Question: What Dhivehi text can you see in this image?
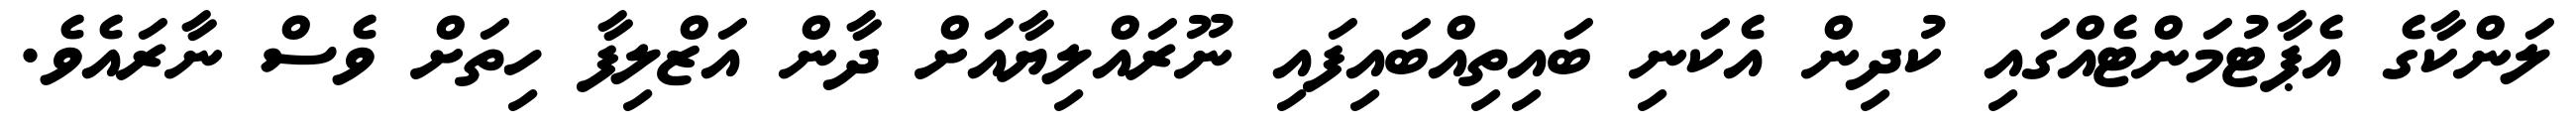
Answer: ލަންކާގެ އެޕާޓުމަންޓެއްގައި ކުދިން އެކަނި ބައިތިއްބައިފައި ނޫރައްލިޔާއަށް ދާން އަޒްލިފާ ހިތަށް ވެސް ނާރައެވެ.